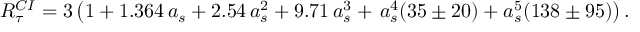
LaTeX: R _ { \tau } ^ { C I } = 3 \left( 1 + 1 . 3 6 4 \, a _ { s } + 2 . 5 4 \, a _ { s } ^ { 2 } + 9 . 7 1 \, a _ { s } ^ { 3 } + \, a _ { s } ^ { 4 } ( 3 5 \pm 2 0 ) + a _ { s } ^ { 5 } ( 1 3 8 \pm 9 5 ) \right) { } .